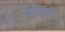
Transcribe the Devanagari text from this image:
चिन्कारा